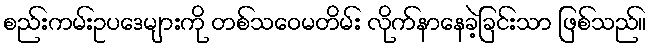
စည်းကမ်းဥပဒေများကို တစ်သဝေမတိမ်း လိုက်နာနေခဲ့ခြင်းသာ ဖြစ်သည်။